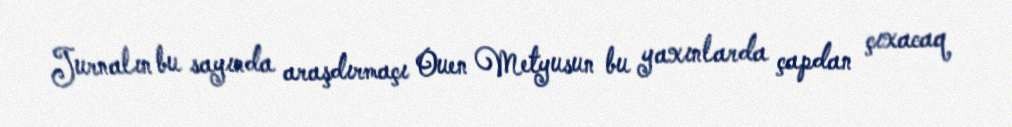
Jurnalın bu sayında araşdırmaçı Ouen Metyusun bu yaxınlarda çapdan çıxacaq